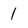
Character: 1